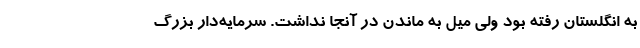
به انگلستان رفته بود ولی میل به ماندن در آنجا نداشت. سرمایه‌دار بزرگ